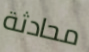
محادثة